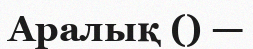
Аралық () —